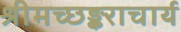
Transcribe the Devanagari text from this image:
श्रीमच्छङ्कराचार्य